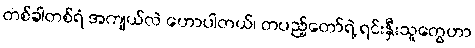
တစ်ခါတစ်ရံ အကျယ်လဲ ဟောပါတယ်၊ တပည့်တော်ရဲ့ ရင်းနှီးသူတွေဟာ